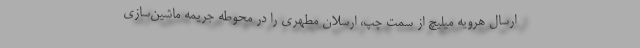
ارسال هرویه میلیچ از سمت چپ، ارسلان مطهری را در محوطه جریمه ماشین‌سازی